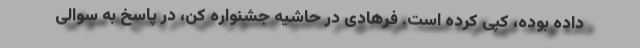
داده بوده، کپی کرده است. فرهادی در حاشیه جشنواره کن، در پاسخ به سوالی